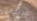
شقيق